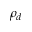
\rho _ { d }